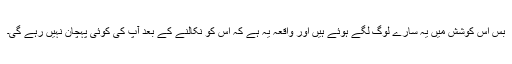
بس اس کوشش میں یہ سارے لوگ لگے ہوئے ہیں اور واقعہ یہ ہے کہ اس کو نکالنے کے بعد آپ کی کوئی پہچان نہیں رہے گی۔